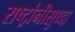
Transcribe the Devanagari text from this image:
राष्ट्रांनीसुध्दा